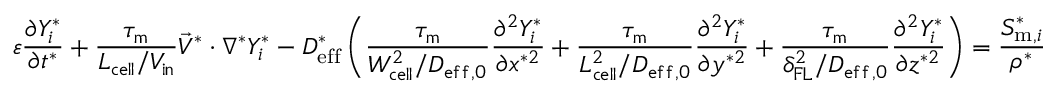
\varepsilon \frac { \partial Y _ { i } ^ { * } } { \partial t ^ { * } } + \boldsymbol { \frac { \tau _ { \mathrm { m } } } { L _ { \mathrm { c e l l } } / V _ { \mathrm { i n } } } } \vec { V } ^ { * } \cdot \nabla ^ { * } Y _ { i } ^ { * } - D _ { \mathrm { e f f } } ^ { * } \left( \boldsymbol { \frac { \tau _ { \mathrm { m } } } { W _ { \mathrm { c e l l } } ^ { 2 } / D _ { \mathrm { e f f } , 0 } } } \frac { \partial ^ { 2 } Y _ { i } ^ { * } } { \partial x ^ { * 2 } } + \boldsymbol { \frac { \tau _ { \mathrm { m } } } { L _ { \mathrm { c e l l } } ^ { 2 } / D _ { \mathrm { e f f } , 0 } } } \frac { \partial ^ { 2 } Y _ { i } ^ { * } } { \partial y ^ { * 2 } } + \boldsymbol { \frac { \tau _ { \mathrm { m } } } { \delta _ { \mathrm { F L } } ^ { 2 } / D _ { \mathrm { { e f f } , 0 } } } } \frac { \partial ^ { 2 } Y _ { i } ^ { * } } { \partial z ^ { * 2 } } \right) = \frac { S _ { \mathrm { m } , i } ^ { * } } { \rho ^ { * } }